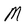
Character: M